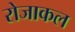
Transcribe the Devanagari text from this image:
रोजाकल